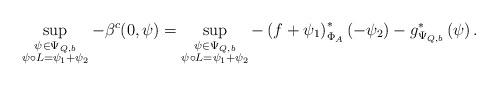
LaTeX: \begin{align*}\sup_{\substack{\psi\in\Psi_{Q,b}\\ \psi\circ L = \psi_1 +\psi_2}} - \beta^c (0,\psi) =\sup_{\substack{\psi\in \Psi_{Q,b}\\ \psi\circ L = \psi_1 +\psi_2}} -\left(f+\psi_1 \right)^{*}_{\Phi_A} \left( -\psi_2\right)-g^{*}_{\Psi_{Q,b}} \left(\psi\right).\end{align*}